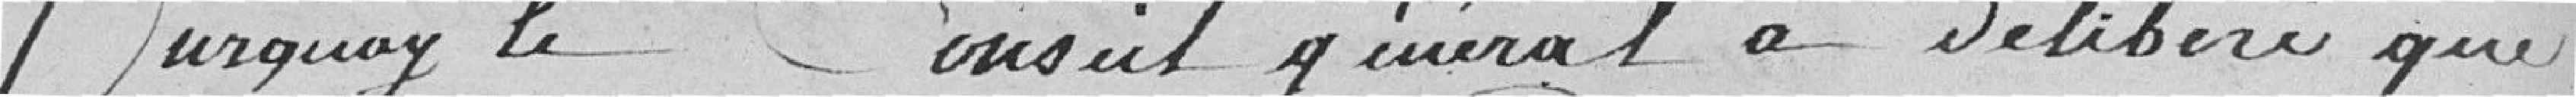
???? le Conseil général a délibéré que